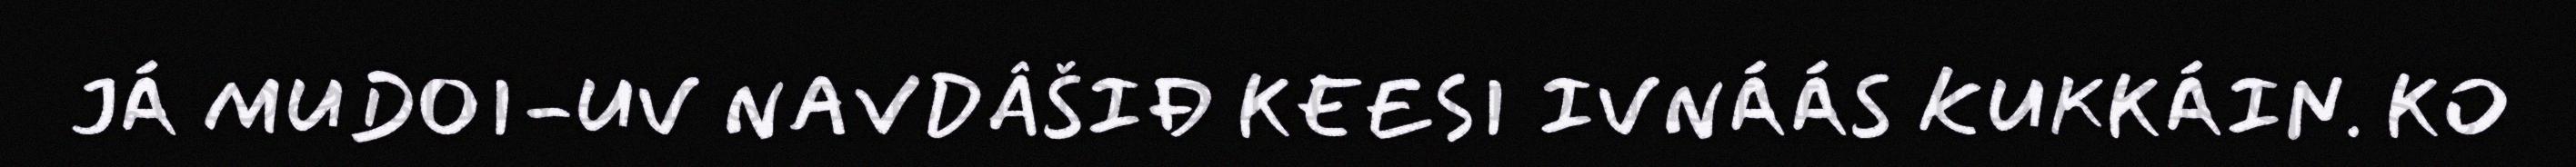
JÁ MUDOI-UV NAVDÂŠIĐ KEESI IVNÁÁS KUKKÁIN. KO